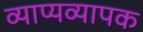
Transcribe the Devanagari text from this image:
व्याप्यव्यापक